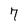
Character: 7